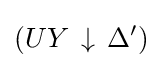
\left(UY\,\downarrow \,\Delta ^{\prime }\right)